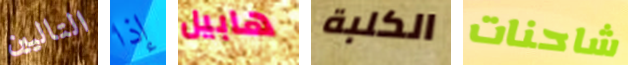
التاليين إذا هابيل الكلبة شاحنات